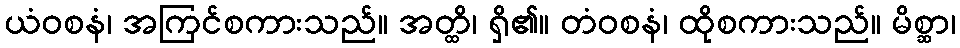
ယံဝစနံ၊ အကြင်စကားသည်။ အတ္ထိ၊ ရှိ၏။ တံဝစနံ၊ ထိုစကားသည်။ မိစ္ဆာ၊